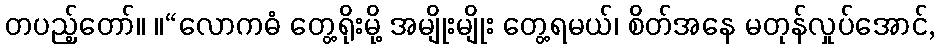
တပည့်တော်။ ။“လောကဓံ တွေ့ရိုးမို့ အမျိုးမျိုး တွေ့ရမယ်၊ စိတ်အနေ မတုန်လှုပ်အောင်,